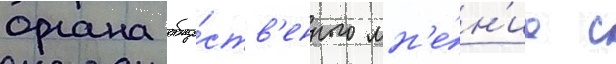
органа обще́ств'енного мн'е́н'иа с